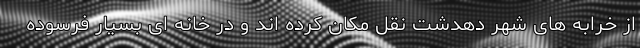
از خرابه های شهر دهدشت نقل مکان کرده اند و در خانه ای بسیار فرسوده